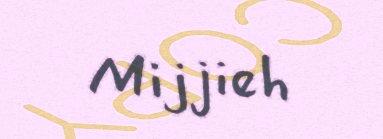
Mijjieh